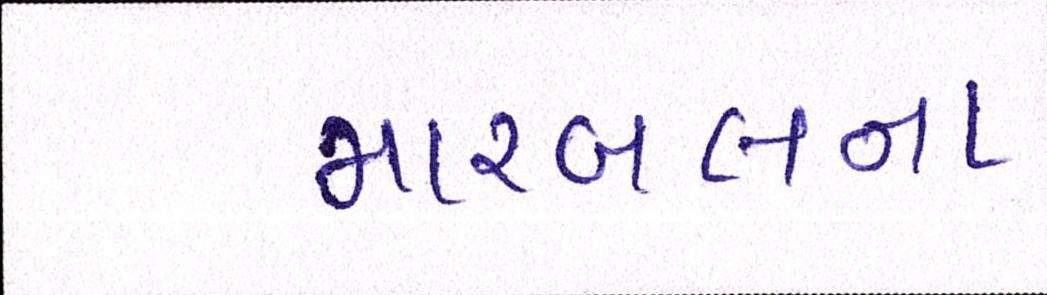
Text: મારબલના